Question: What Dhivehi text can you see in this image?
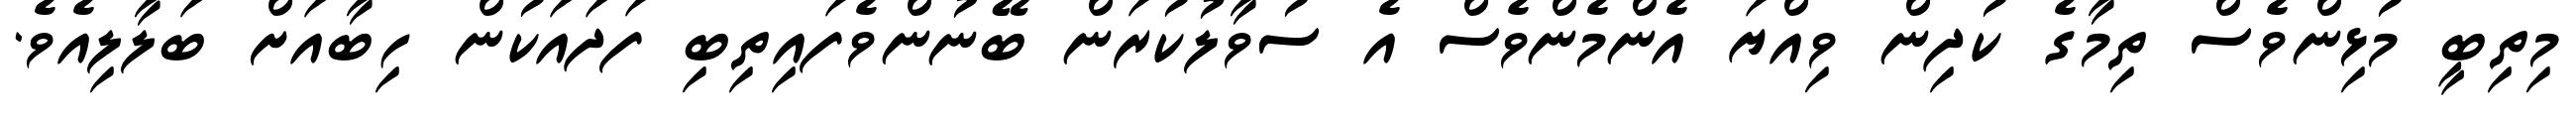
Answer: މިތިބީ މުޅިންވެސް ތިމާގެ ކުދިން ވިއްޔަ އެންމެންވެސް އެ ސުވާލުކުރަން ބޭނުންވެފައިތިބި ފަދައަކުން ހިބާއަށް ބަލާލިއެވެ.